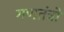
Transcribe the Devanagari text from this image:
गणतंत्रो